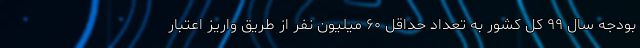
بودجه سال ۹۹ کل کشور به تعداد حداقل ۶۰ میلیون نفر از طریق واریز اعتبار